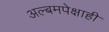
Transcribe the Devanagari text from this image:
अल्बमपेक्षाही